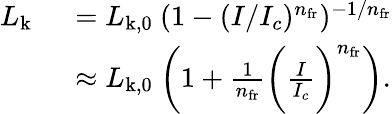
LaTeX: \begin{array}{rl}{L_{\mathrm{k}}}&{~=L_{\mathrm{k,0}}~(1-(I/I_{c})^{n_{\mathrm{fr}}})^{-1/{n_{\mathrm{fr}}}}}\\ &{~\approx L_{\mathrm{k,0}}~\bigg(1+\frac{1}{n_{\mathrm{fr}}}\bigg(\frac{I}{I_{c}}\bigg)^{n_{\mathrm{fr}}}\bigg).}\end{array}